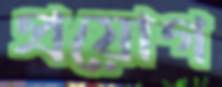
প্রয়োগ